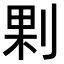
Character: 𠜴